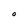
Character: O